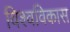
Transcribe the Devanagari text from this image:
विश्वविकास